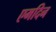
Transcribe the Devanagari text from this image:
एमदिन